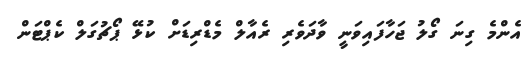
އެންމެ ގިނަ ގޯލު ޖަހާފައިވަނީ ވާދަވެރި ރެއާލް މެޑްރިޑަށް ކުޅޭ ޕޯޗުގަލް ކެޕްޓަން